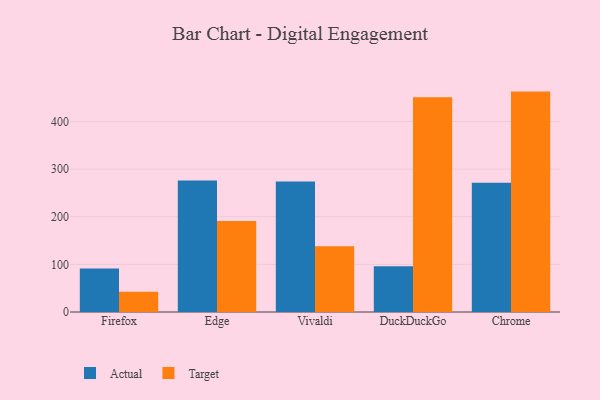
{"axis": {"x": "Browser", "y": "Backlog"}, "legend": ["Actual", "Target"], "data": [{"x": "Firefox", "y": 91.2, "type": "Actual"}, {"x": "Firefox", "y": 42.6, "type": "Target"}, {"x": "Edge", "y": 276.2, "type": "Actual"}, {"x": "Edge", "y": 191.3, "type": "Target"}, {"x": "Vivaldi", "y": 274.1, "type": "Actual"}, {"x": "Vivaldi", "y": 138.0, "type": "Target"}, {"x": "DuckDuckGo", "y": 95.9, "type": "Actual"}, {"x": "DuckDuckGo", "y": 450.8, "type": "Target"}, {"x": "Chrome", "y": 271.2, "type": "Actual"}, {"x": "Chrome", "y": 462.8, "type": "Target"}]}